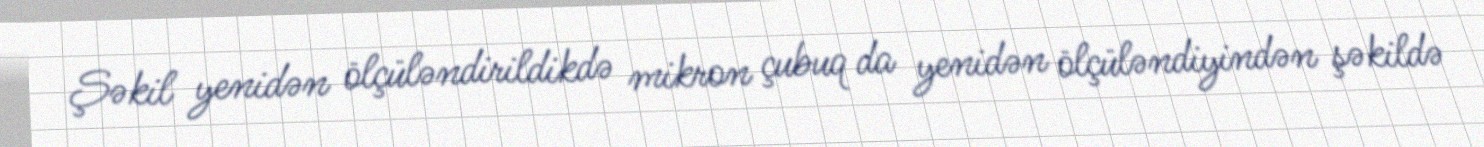
Şəkil yenidən ölçüləndirildikdə mikron çubuq da yenidən ölçüləndiyindən şəkildə